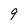
Character: 9